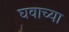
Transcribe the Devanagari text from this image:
घवाच्या